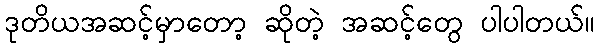
ဒုတိယအဆင့်မှာတော့ ဆိုတဲ့ အဆင့်တွေ ပါပါတယ်။